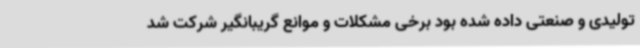
تولیدی و صنعتی داده شده بود برخی مشکلات و موانع گریبانگیر شرکت شد